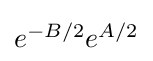
{\textstyle e^{-B/2}e^{A/2}}